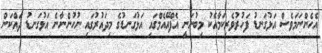
އެހެންނަމަވެސް އަޅުގަނޑު ފަހުރުވެރިކަމާއެކު މިބުނަނީ އެފްއޭއެމްގައި އަޅުގަނޑުގެ މިދައުރުގައި ނުހުންނާނެ އަޅުގަނޑު ދައްކަން